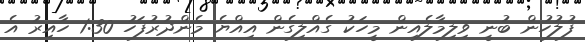
ފުލުހުން ބުނީ ވިލިމާލެއިން މީހަކު ގެއްލިގެން އިއްޔެ މެންދުރުފަހު 1:30 ހާއިރު އެ